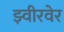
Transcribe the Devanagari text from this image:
झ्वीरवेर